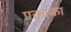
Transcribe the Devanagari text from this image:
पकाका